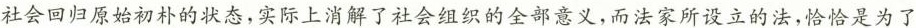
社会回归原始初朴的状态，实际上消解了社会组织的全部意义，而法家所设立的法，恰恰是为了